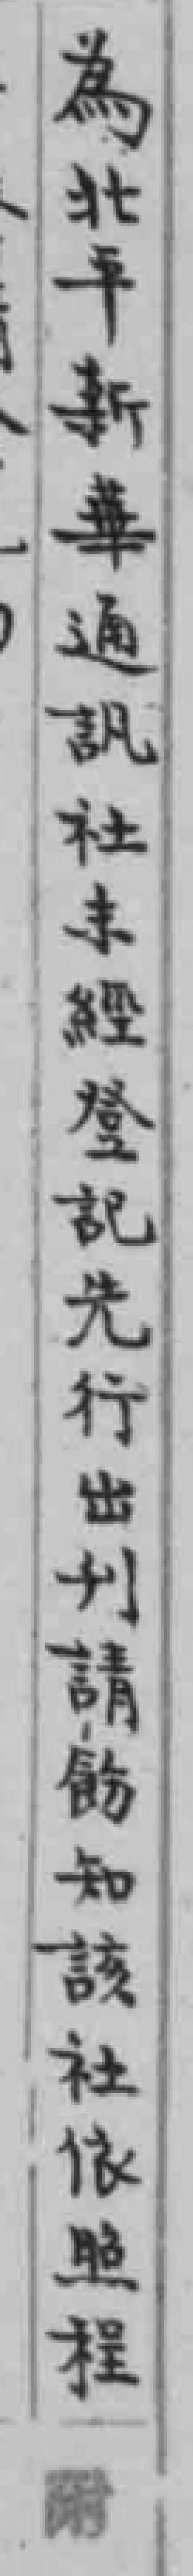
為北平新華通訊社未經登記先行出刊請筋知該社依照程附